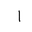
Letter: _alif